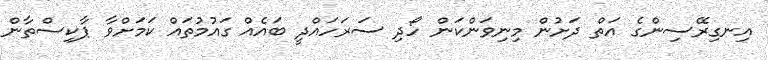
އިނގިރޭސިންގެ އަތް ދަށުން މިނިވަންކަން ހޯދި ސަރަހައްދީ ބައެއް ގައުމުތައް ކަމަށްވާ ޕާކިސްތާން